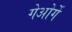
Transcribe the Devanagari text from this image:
गेओर्गे